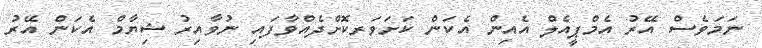
ނަމަވެސް އޭރު އެމްޕީއެލް އެއިން އެކަން ކަށަވަރކޮށްދެއްވާފައި ނުވާއިރު ޝިޔާމް އެކަން އޭރު